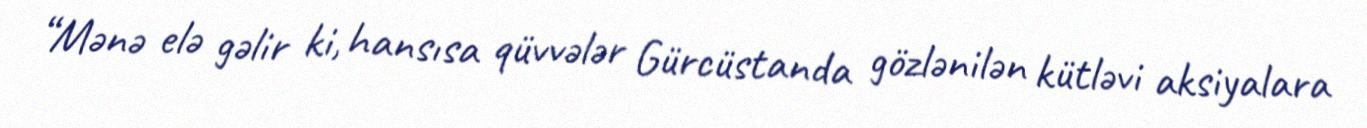
“Mənə elə gəlir ki, hansısa qüvvələr Gürcüstanda gözlənilən kütləvi aksiyalara